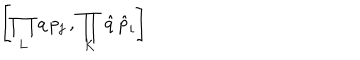
\left[ \prod _ { L } q \, p _ { j } \, , \prod _ { K } \hat { q } \, \hat { p } _ { i } \right]